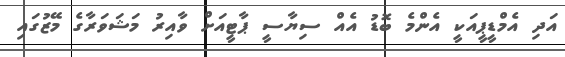
އަދި އެމްޑީޕީއަކީ އެންމެ ބޮޑު އެއް ސިޔާސީ ޕާޓީއަށް ވާއިރު މަޝަވަރާގެ މޭޒުގައި